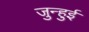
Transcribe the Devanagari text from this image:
जुन्हुई